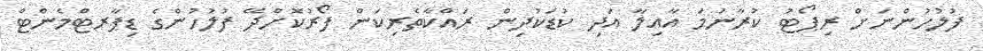
ފުލުހުންނަށް ރިޕޯޓު ކުރާނަމަ އާއިލާ އަދި ކުޑަކުދިން ރައްކާތެރިކަން ފޯރުކޮށްދޭ ފުލުހުންގެ ޑިޕާރޓްމެންޓް